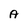
Character: A